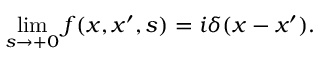
\operatorname * { l i m } _ { s \rightarrow + 0 } f ( x , x ^ { \prime } , s ) = i \delta ( x - x ^ { \prime } ) .